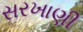
સરખાણી